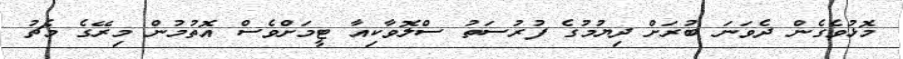
މޮޅުވެގެން ދެވަނަ ބުރަށް ދިޔުމުގެ ފުރުސަތު ސްލޮވާކިއާ ޓީމަށްވެސް އޮތުމުން މިރޭގެ މެޗު